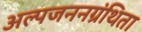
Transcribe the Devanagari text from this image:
अल्पजननग्रंथिता